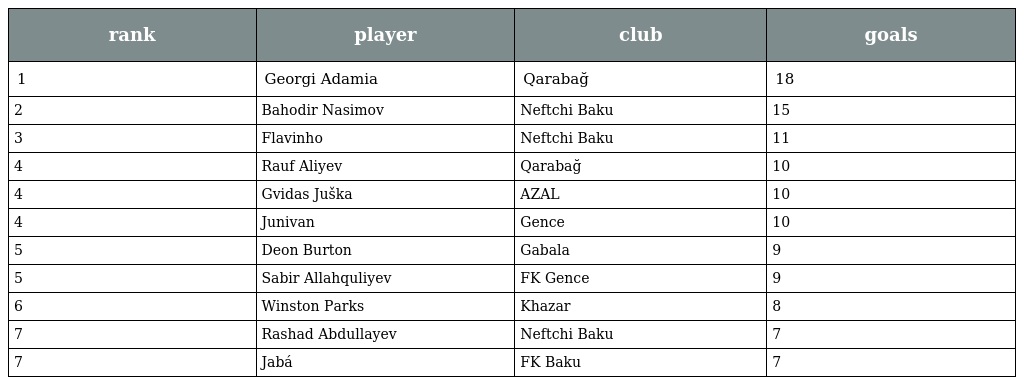
| rank | player | club | goals |
 | --- | --- | --- | --- |
 | 1 | Georgi Adamia | Qarabağ | 18 |
 | 2 | Bahodir Nasimov | Neftchi Baku | 15 |
 | 3 | Flavinho | Neftchi Baku | 11 |
 | 4 | Rauf Aliyev | Qarabağ | 10 |
 | 4 | Gvidas Juška | AZAL | 10 |
 | 4 | Junivan | Gence | 10 |
 | 5 | Deon Burton | Gabala | 9 |
 | 5 | Sabir Allahquliyev | FK Gence | 9 |
 | 6 | Winston Parks | Khazar | 8 |
 | 7 | Rashad Abdullayev | Neftchi Baku | 7 |
 | 7 | Jabá | FK Baku | 7 |